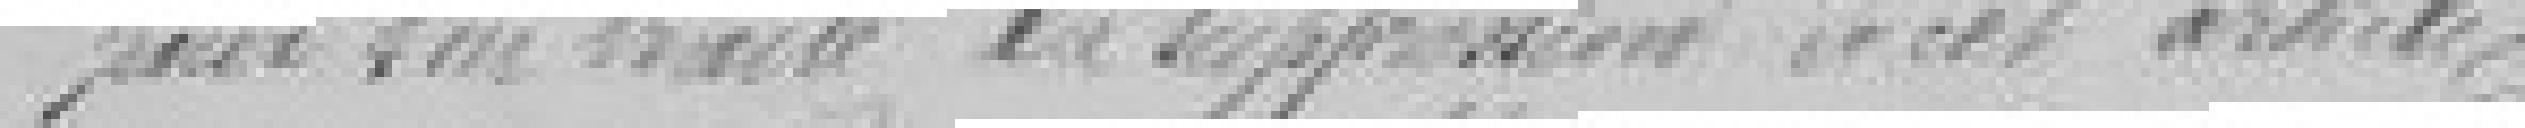
pour son traité la suppression de cet article.